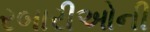
રબારીઓની